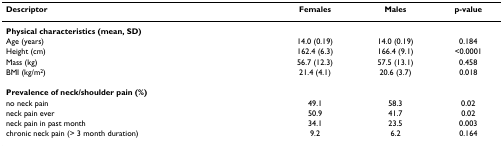
| Descriptor | Females | Males | p-value |
 | --- | --- | --- | --- |
 | Physical characteristics (mean, SD) |  |  |  |
 | Age (years) | 14.0 (0.19) | 14.0 (0.19) | 0.184 |
 | Height (cm) | 162.4 (6.3) | 166.4 (9.1) | <0.0001 |
 | Mass (kg) | 56.7 (12.3) | 57.5 (13.1) | 0.458 |
 | BMI (kg/m2) | 21.4 (4.1) | 20.6 (3.7) | 0.018 |
 | Prevalence of neck/shoulder pain (%) |  |  |  |
 | no neck pain | 49.1 | 58.3 | 0.02 |
 | neck pain ever | 50.9 | 41.7 | 0.02 |
 | neck pain in past month | 34.1 | 23.5 | 0.003 |
 | chronic neck pain (> 3 month duration) | 9.2 | 6.2 | 0.164 |